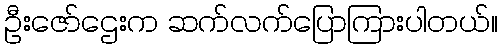
ဦးဇော်ဌေးက ဆက်လက်ပြောကြားပါတယ်။